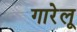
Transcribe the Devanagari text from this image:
गारेलू